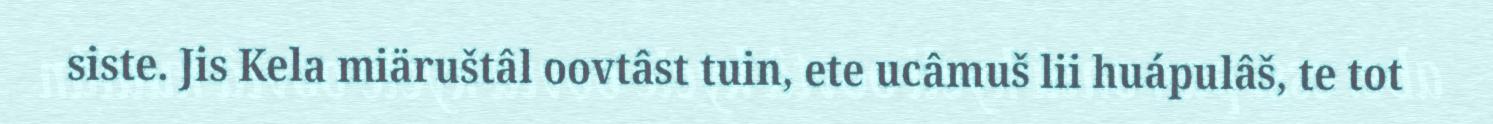
siste. Jis Kela miäruštâl oovtâst tuin, ete ucâmuš lii huápulâš, te tot